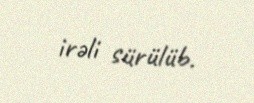
irəli sürülüb.